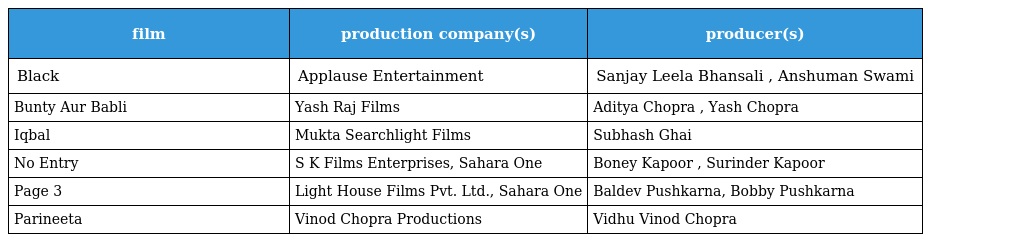
| film | production company(s) | producer(s) |
 | --- | --- | --- |
 | Black | Applause Entertainment | Sanjay Leela Bhansali , Anshuman Swami |
 | Bunty Aur Babli | Yash Raj Films | Aditya Chopra , Yash Chopra |
 | Iqbal | Mukta Searchlight Films | Subhash Ghai |
 | No Entry | S K Films Enterprises, Sahara One | Boney Kapoor , Surinder Kapoor |
 | Page 3 | Light House Films Pvt. Ltd., Sahara One | Baldev Pushkarna, Bobby Pushkarna |
 | Parineeta | Vinod Chopra Productions | Vidhu Vinod Chopra |